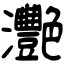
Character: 灧